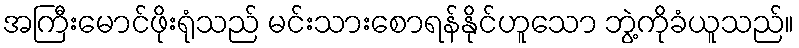
အကြီးမောင်ဖိုးရုံသည် မင်းသားစောရန်နိုင်ဟူသော ဘွဲ့ကိုခံယူသည်။